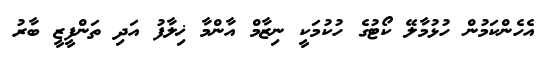
އެހެންކަމުން ހުޅުމާލޭ ކޯޓުގެ ހުކުމަކީ ނިޒާމް އާންމާ ޚިލާފު އަދި ތަންފީޒީ ބާރު